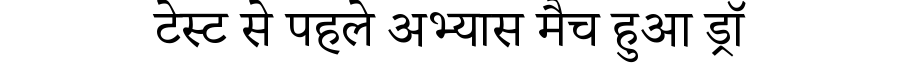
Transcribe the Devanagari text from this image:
टेस्ट से पहले अभ्यास मैच हुआ ड्रॉ